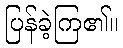
ပြန်ခဲ့ကြ၏။